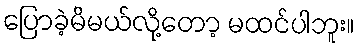
ပြောခဲ့မိမယ်လို့တော့ မထင်ပါဘူး။